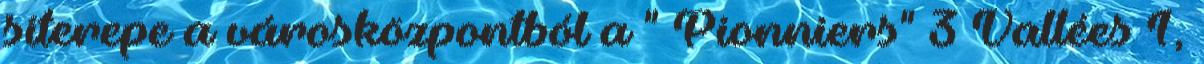
síterepe a városközpontból a " Pionniers" 3 Vallées 1,